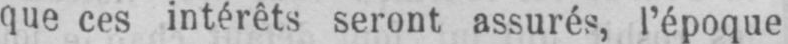
que ces intérêts seront assurés, l’époque